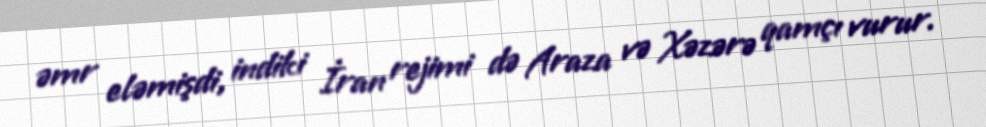
əmr eləmişdi, indiki İran rejimi də Araza və Xəzərə qamçı vurur.